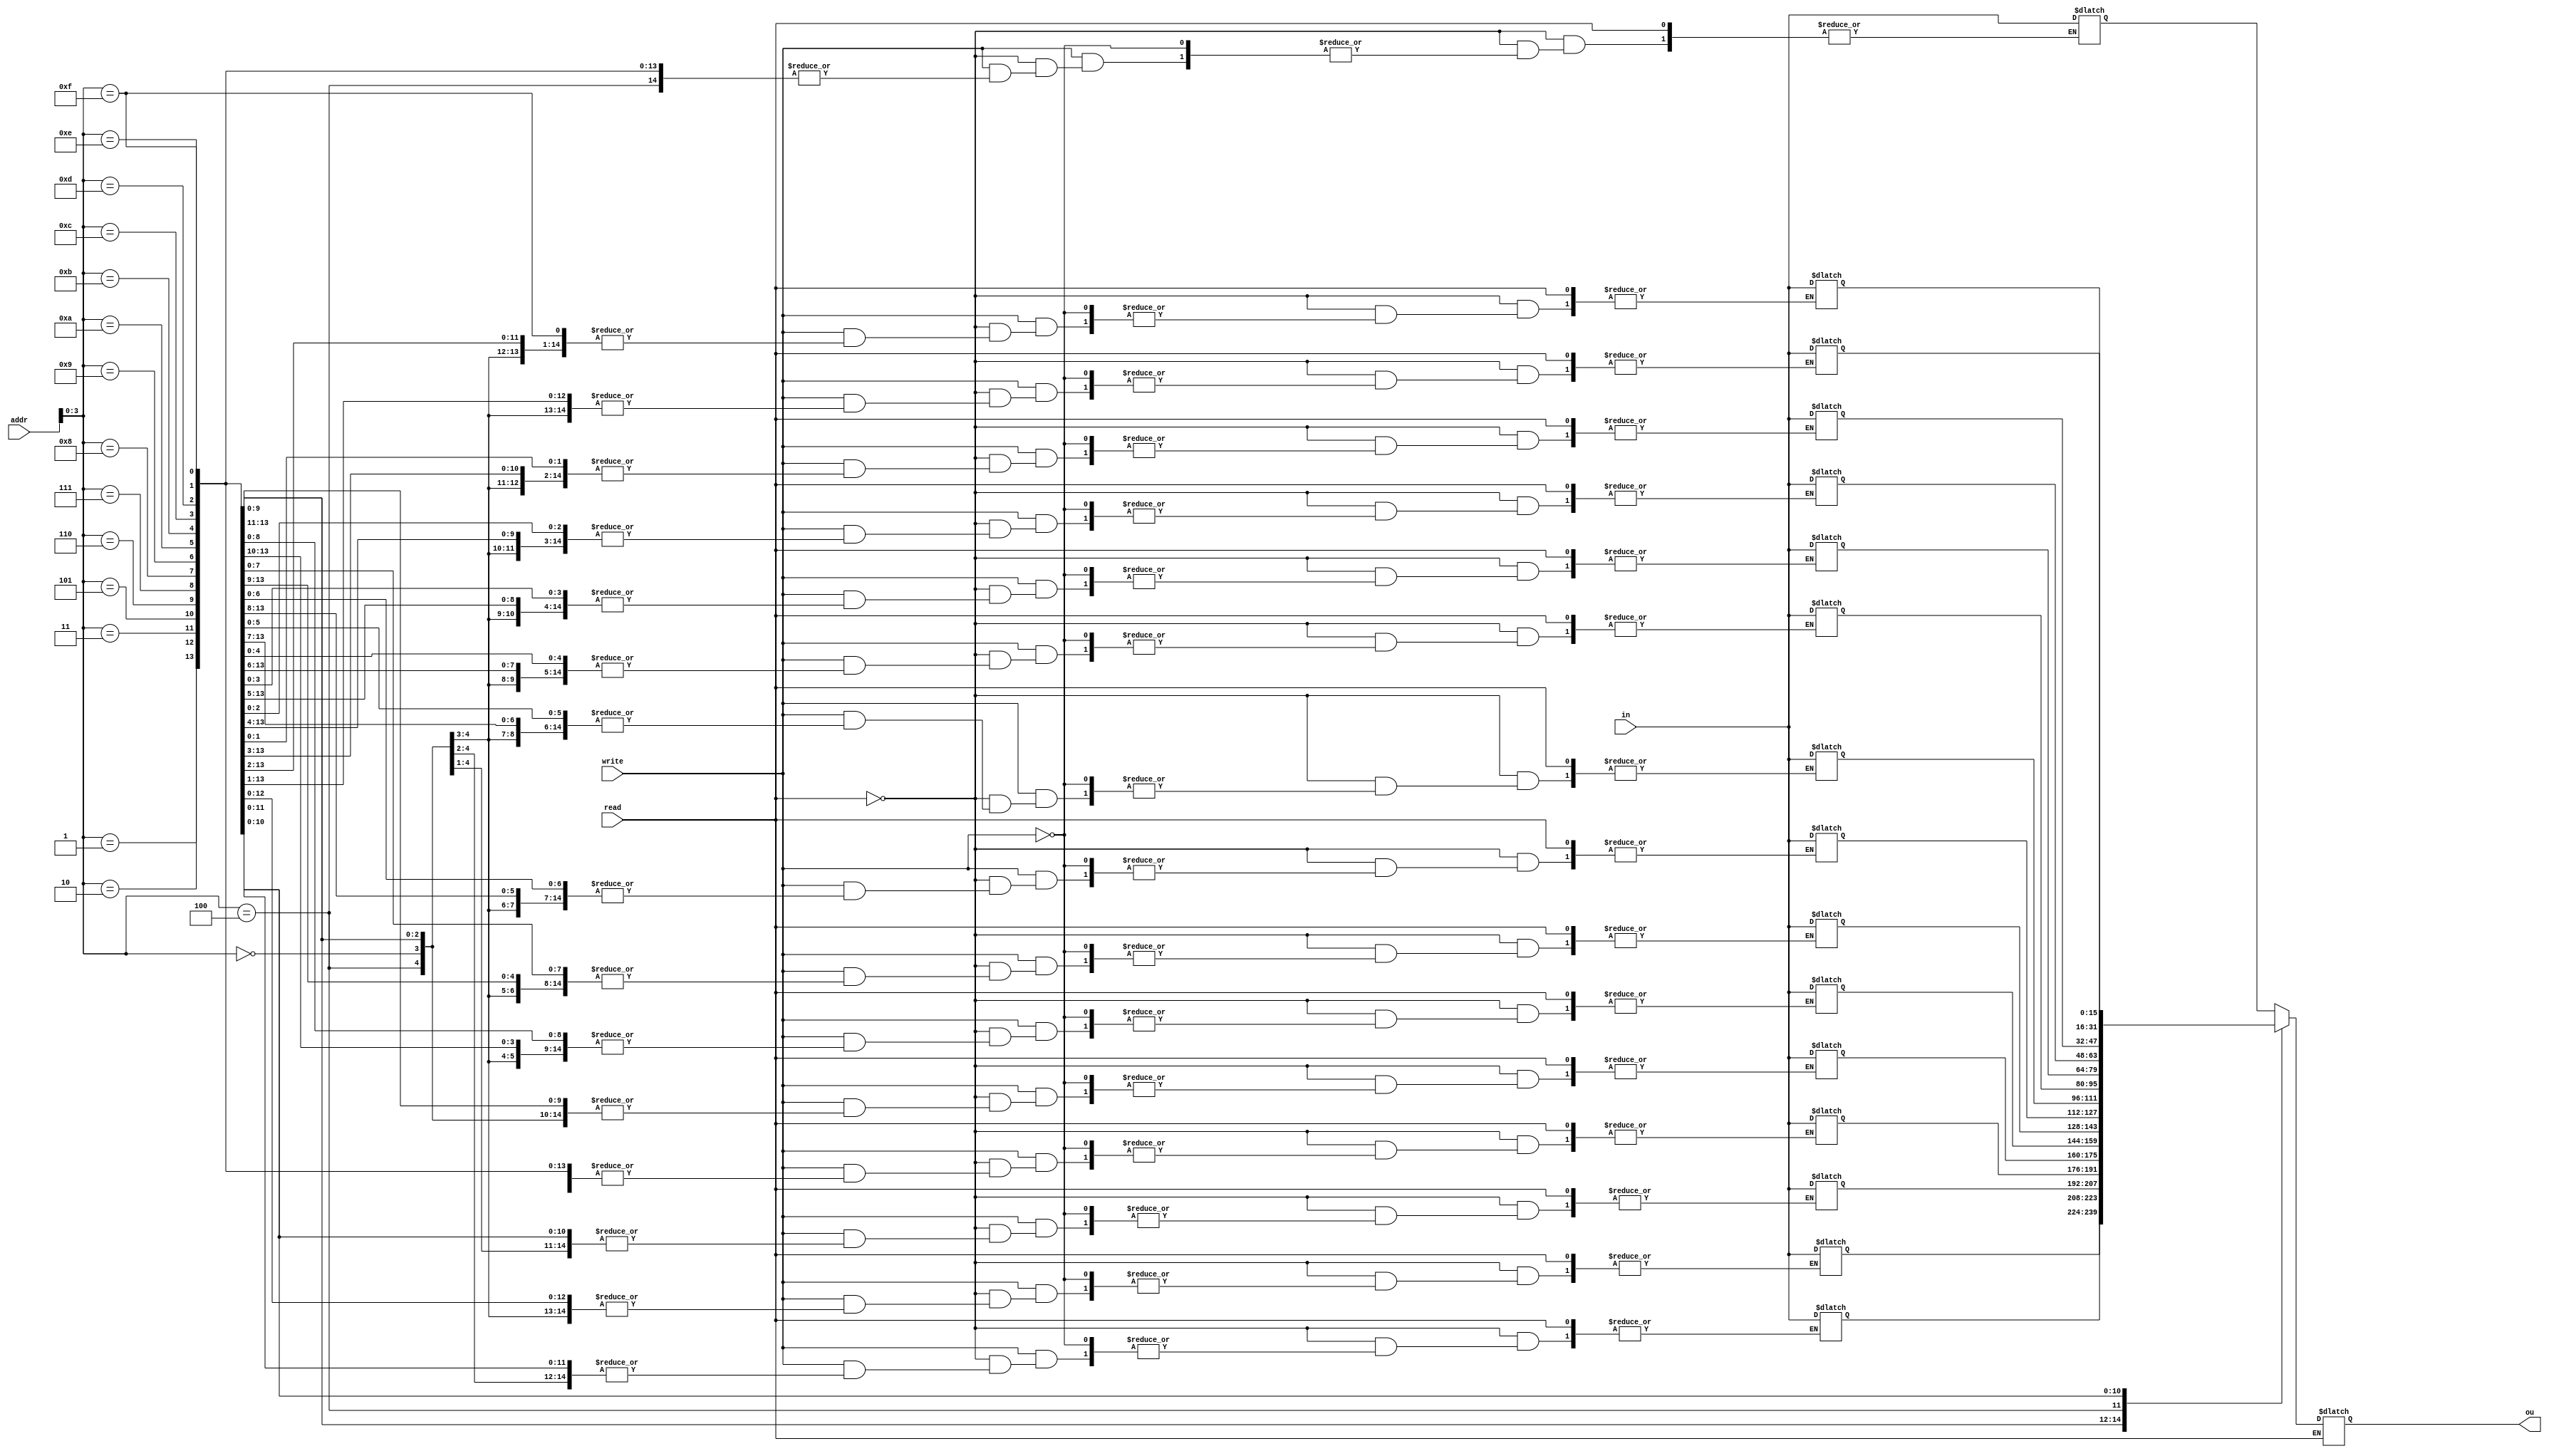
module Ram256x16(
    ou,in,read,write,addr
);
    input[15:0] in,addr;
    input read,write;
    output reg[15:0] ou;
    integer i,j;
    reg[255:0] Ram[15:0];
    initial
    begin
        for(i=0;i<256;i = i+1)
        begin
            for(j=0;j<16;j = j+1)
            begin
                Ram[i][j] = 0;
            end
        end
    end
    always@(*)
    begin
        if(read) 
            ou = Ram[addr];
        else if(write)
            Ram[addr] = in;
    end
endmodule